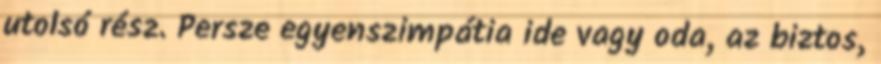
utolsó rész. Persze egyenszimpátia ide vagy oda, az biztos,